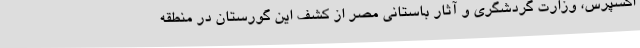
اکسپرس، وزارت گردشگری و آثار باستانی مصر از کشف این گورستان در منطقه